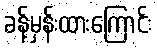
ခန့်မှန်းထားကြောင်း